Lunatic asylums in Bengal annual reports 1912-1924 - 1912-1924
Year: 1912
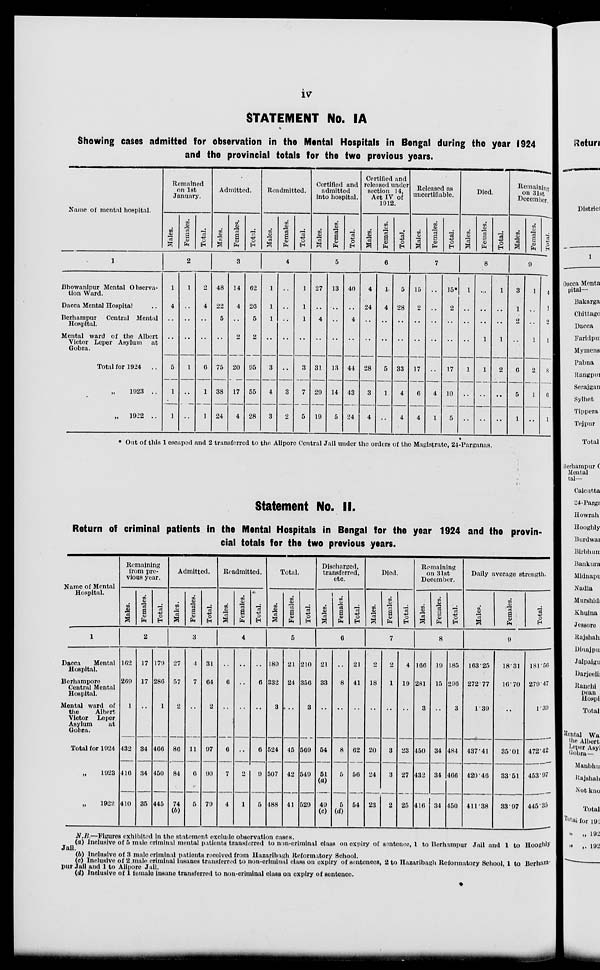
iv
STATEMENT No. IA
Showing cases admitted for observation in the Mental Hospitals in Bengal during the year 1924
and the provincial totals for the two previous years.
Name of mental hospital.
1
Bhowanipur Mental Observa-
tion Ward.
Dacca Mental Hospital ..
Berhampur
Central Mental
Hospital.
Mental ward of the Albert
Victor Leper Asylum at
Gobra.
Total for 1924 ..
„ 1923 ...
„
1922 ...
Remained
on 1st
January.
Males.
Females.
Total.
2
1
4
..
..
5
1
1
1
..
..
..
1
..
..
2
4
..
..
6
1
1
Admitted.
Males.
Females.
Total.
3
48
22
5
..
75
38
24
14
4
..
2
20
17
4
62
26
5
2
95
55
28
Readmitted.
Males.
Females.
Total.
4
1
1
1
..
3
4
3
..
..
..
..
..
3
2
1
1
1
..
3
7
5
Certified and
admitted
into hospital.
Males.
Females.
Total.
5
27
..
4
..
31
29
19
13
..
..
..
13
14
5
40
..
4
..
44
43
24
Certified and
released under
section 14,
Act IV of
1912.
Males.
Females.
Total.
6
4
24
..
..
28
3
4
1
4
..
..
5
1
..
5
28
..
..
33
4
4
Released as
uncertifiable.
Males.
Females.
Total.
7
15
2
..
..
17
6
4
..
...
..
..
...
4
1
15*
..
..
..
17
10
5
Died.
Males.
Females.
Total.
8
1
..
..
..
1
..
..
..
..
..
1
1
..
..
1
..
..
1
2
..
..
Remaining
on 31st
December.
Males.
Females.
Total.
9
3
1
2
..
6
5
1
1
..
..
1
2
1
...
4
1
2
1
8
6
1
* Out of this 1 escaped and 2 transferred to the Alipore Central Jail under the orders of the Magistrate, 24-Parganas.
Statement No. II.
Return of criminal patients in the Mental Hospitals in Bengal for the year 1924 and the provin-
cial totals for the two previous years.
Name of Mental
Hospital.
1
Dacca
Mental
Hospital.
Berharapore
Central Mental
Hospital.
Mental ward of
the
Albert
Victor Leper
Asylum
at
Gobra.
Total for 1924
„ 1923
„ 1922
Remaining
from pre-
vious year.
Males.
Females.
Total.
2
162
269
1
432
416
410
17
17
..
34
34
35
179
286
1
466
450
445
Admitted.
Males.
Females.
Total.
3
27
57
2
86
84
74
(b)
4
7
..
11
6
5
31
64
2
97
90
79
Readmitted.
Males.
Females.
Total.
4
..
6
..
6
7
4
..
..
..
..
2
1
..
6
..
6
9
5
Total.
Males.
Females.
Total.
5
189
332
3
524
507
488
21
24
..
45
42
41
210
356
3
569
549
529
Discharged,
transferred,
etc.
Males.
Females.
Total.
6
21
33
..
54
51
(a)
49
(c)
..
8
..
8
5
5
(d)
21
41
..
62
56
54
Died.
Males.
Females.
Total.
7
2
18
..
20
24
23
2
1
..
3
3
2
4
19
..
23
27
25
Remaining
on 31st
December.
Males.
Females.
Total.
8
166
281
3
450
432
416
19
15
..
34
34
34
185
296
3
484
466
450
Daily average strength.
Males.
Females.
Total.
9
163.25
272.77
1.39
437.41
420.46
411.38
18.31
16.70
..
35.01
33.51
33.97
181.56
279.47
1.39
472.42
453.97
445.35
N.B.—Figures exhibited in the statement exclude observation cases.
(a) Inclusive of 5 male criminal mental patients transferred to non-criminal class on expiry of sentence, 1 to Berhampur Jail and 1 to Hooghly
Jail.
(b) Inclusive of 3 male criminal patients received from Hazaribagh Reformatory School.
(c) Inclusive of 2 male criminal insanes transferred to non-criminal class on expiry of sentences, 2 to Hazaribagh Reformatory School, 1 to Berham-
pur Jail and 1 to Alipore Jail.
(d) Inclusive of 1 female insane transferred to non-criminal class on expiry of sentence.